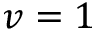
v = 1